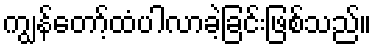
ကျွန်တော့်ထံပါလာခဲ့ခြင်းဖြစ်သည်။